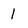
Character: 1